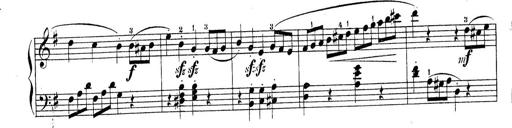
Title: Piano Sonatine No.2
Composer: Peter Piel
Key: G major